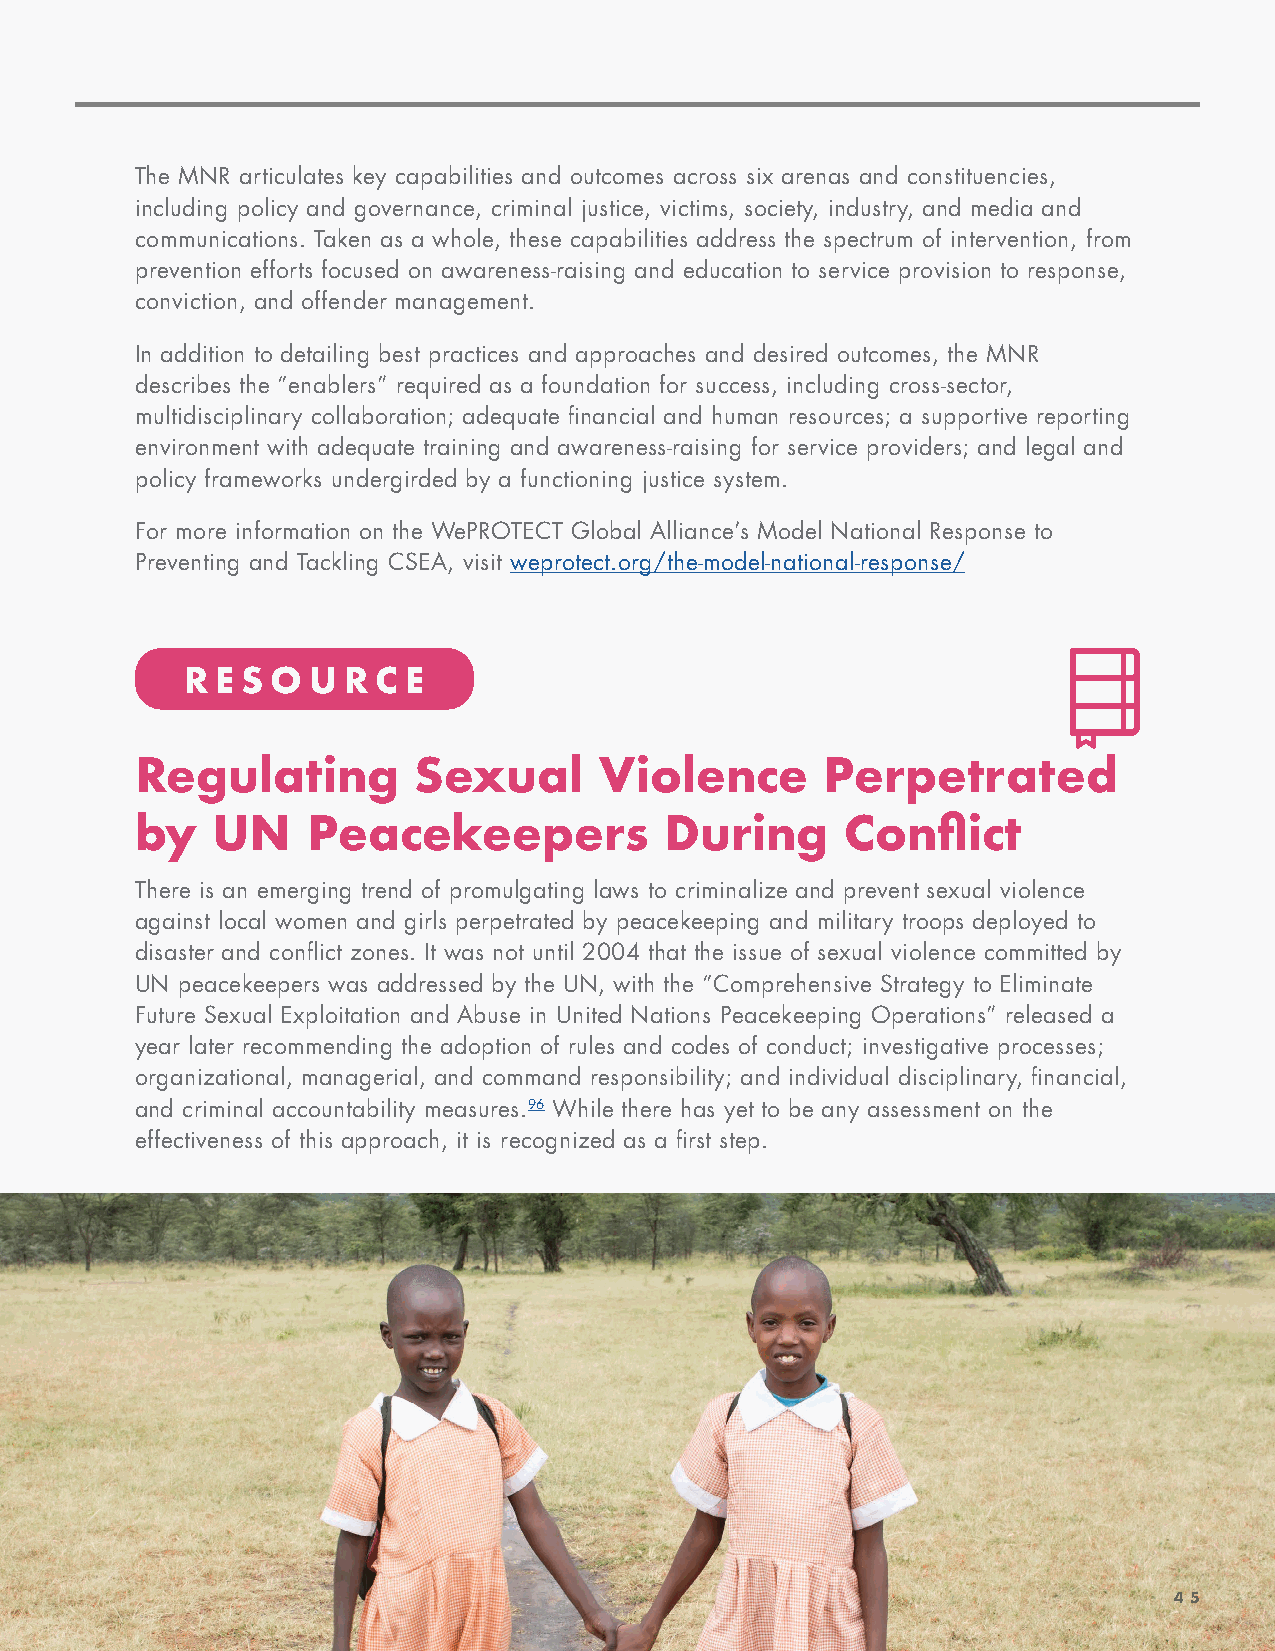
The MNR articulates key capabilities and outcomes across six arenas and constituencies,
 including policy and governance, criminal justice, victims, society, industry, and media and
 communications. Taken as a whole, these capabilities address the spectrum of intervention, from
 prevention efforts focused on awareness-raising and education to service provision to response,
 conviction, and offender management.
 In addition to detailing best practices and approaches and desired outcomes, the MNR
 describes the “enablers” required as a foundation for success, including cross-sector,
 multidisciplinary collaboration; adequate financial and human resources; a supportive reporting
 environment with adequate training and awareness-raising for service providers; and legal and
 policy frameworks undergirded by a functioning justice system.
 For more information on the WePROTECT Global Alliance’s Model National Response to
 Preventing and Tackling CSEA, visit weprotect.org/the-model-national-response/
 R E S O U  R C E
 Regulating        Sexual       Violence       Perpetrated
 by   UN    Peacekeepers            During      Conflict
 There is an emerging trend of promulgating laws to criminalize and prevent sexual violence
 against local women and girls perpetrated by peacekeeping and military troops deployed to
 disaster and conflict zones. It was not until 2004 that the issue of sexual violence committed by
 UN peacekeepers was addressed by the UN, with the “Comprehensive Strategy to Eliminate
 Future Sexual Exploitation and Abuse in United Nations Peacekeeping Operations” released a
 year later recommending the adoption of rules and codes of conduct; investigative processes;
 organizational, managerial, and command responsibility; and individual disciplinary, financial,
 and criminal accountability measures.96 While there has yet to be any assessment on the
 effectiveness of this approach, it is recognized as a first step.
 45